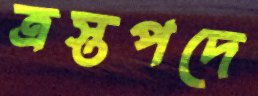
ত্রস্তপদে